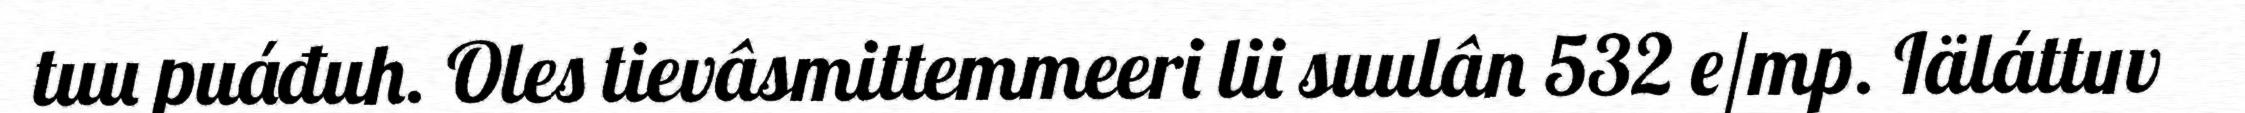
tuu puáđuh. Oles tievâsmittemmeeri lii suulân 532 e/mp. Iäláttuv